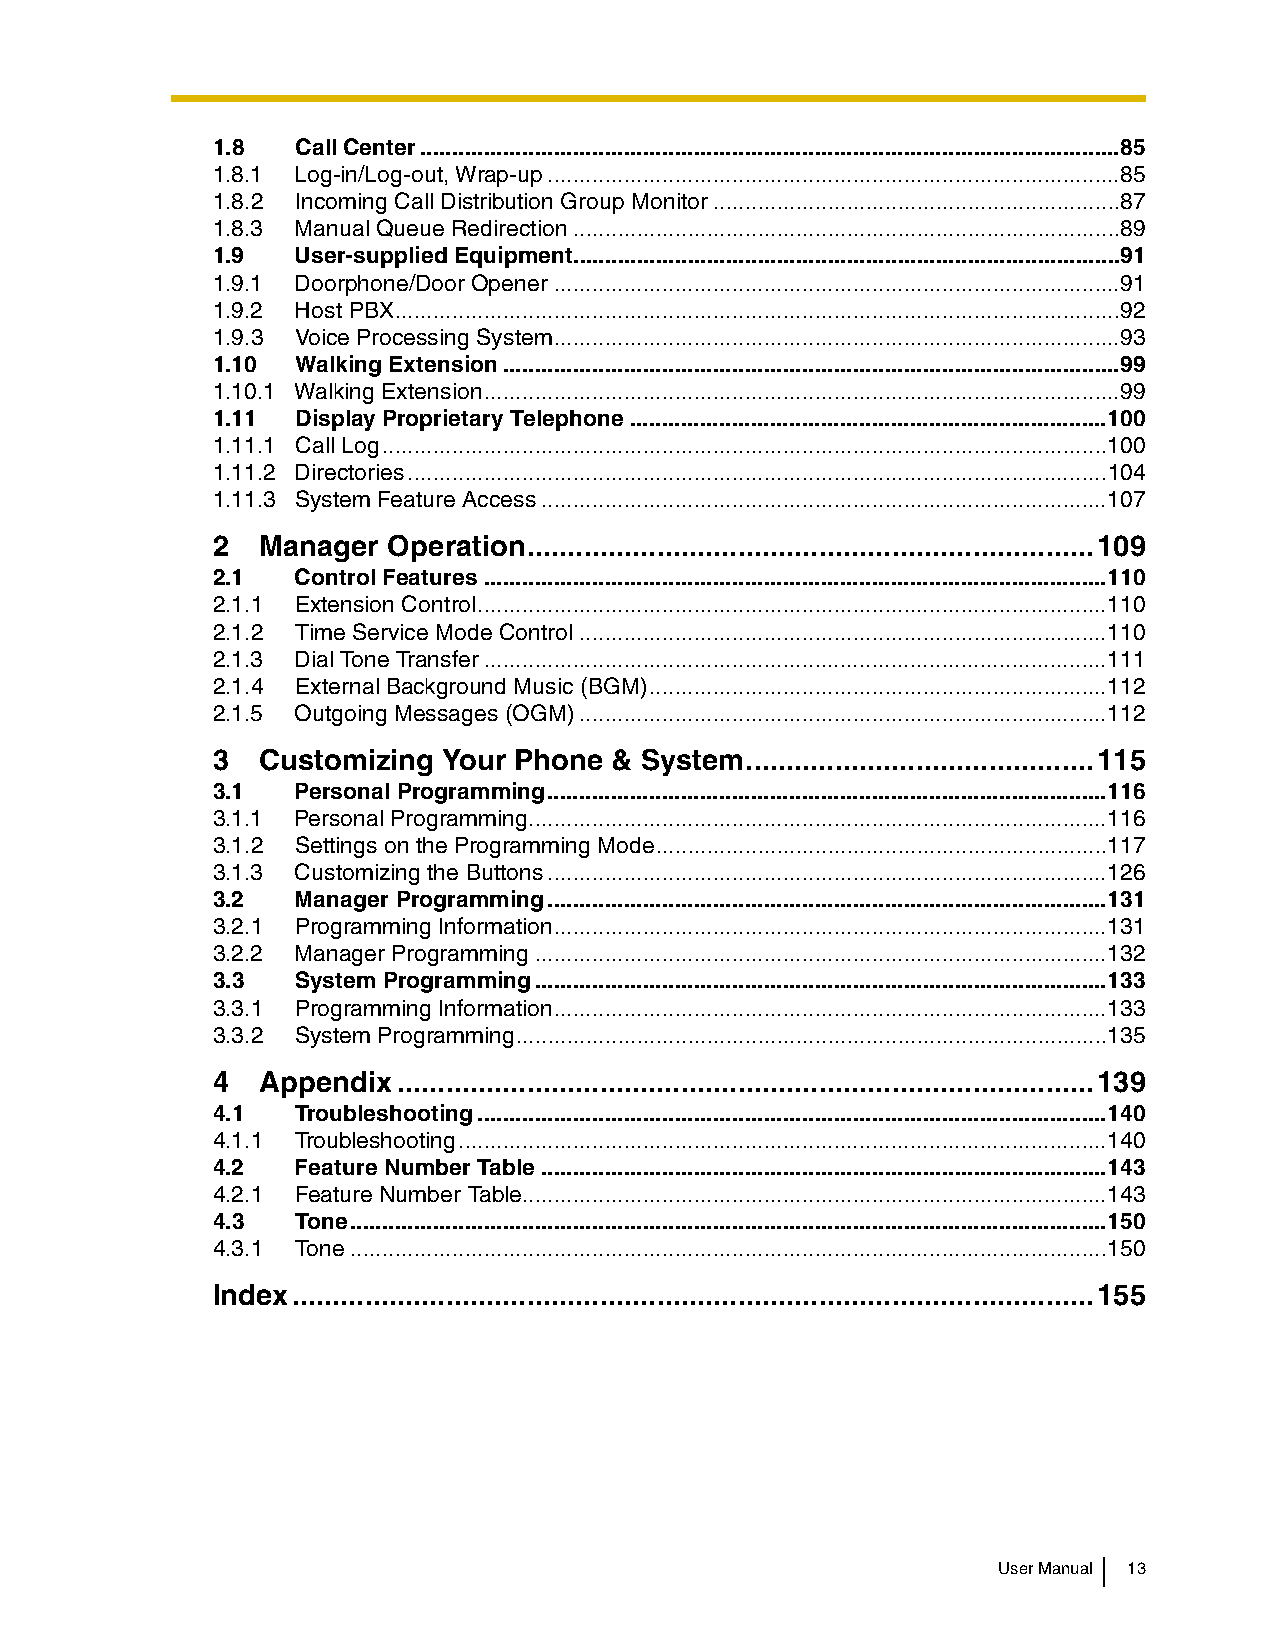
1.8   Call Center..............................................................................................................85
 1.8.1 Log-in/Log-out, Wrap-up..........................................................................................85
 1.8.2 Incoming Call Distribution Group Monitor................................................................87
 1.8.3 Manual Queue Redirection......................................................................................89
 1.9   User-supplied Equipment......................................................................................91
 1.9.1 Doorphone/Door Opener.........................................................................................91
 1.9.2 Host PBX..................................................................................................................92
 1.9.3 Voice Processing System.........................................................................................93
 1.10  Walking Extension.................................................................................................99
 1.10.1 Walking Extension....................................................................................................99
 1.11  Display Proprietary Telephone...........................................................................100
 1.11.1 Call Log..................................................................................................................100
 1.11.2 Directories..............................................................................................................104
 1.11.3 System Feature Access.........................................................................................107
 2  Manager  Operation......................................................................109
 2.1   Control Features..................................................................................................110
 2.1.1 Extension Control...................................................................................................110
 2.1.2 Time Service Mode Control...................................................................................110
 2.1.3 Dial Tone Transfer..................................................................................................111
 2.1.4 External Background Music (BGM)........................................................................112
 2.1.5 Outgoing Messages (OGM)...................................................................................112
 3  Customizing Your Phone & System...........................................115
 3.1   Personal Programming........................................................................................116
 3.1.1 Personal Programming...........................................................................................116
 3.1.2 Settings on the Programming Mode.......................................................................117
 3.1.3 Customizing the Buttons........................................................................................126
 3.2   Manager Programming........................................................................................131
 3.2.1 Programming Information.......................................................................................131
 3.2.2 Manager Programming..........................................................................................132
 3.3   System Programming..........................................................................................133
 3.3.1 Programming Information.......................................................................................133
 3.3.2 System Programming.............................................................................................135
 4  Appendix......................................................................................139
 4.1   Troubleshooting...................................................................................................140
 4.1.1 Troubleshooting......................................................................................................140
 4.2   Feature Number Table.........................................................................................143
 4.2.1 Feature Number Table............................................................................................143
 4.3   Tone.......................................................................................................................150
 4.3.1 Tone.......................................................................................................................150
 Index...................................................................................................155
 User Manual 13